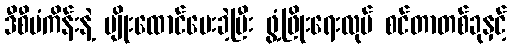
ဒီစီမံကိန်းနဲ့ ပျိုးထောင်ပေးခဲ့ပြီး ဖွံ့ဖြိုးရေးလုပ် စင်တာတစ်ခုနှင့်